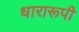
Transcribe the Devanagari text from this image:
धारारूपी